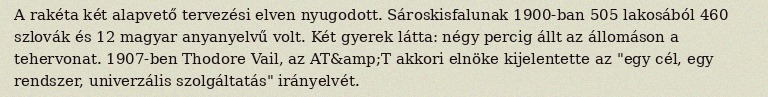
A rakéta két alapvető tervezési elven nyugodott. Sároskisfalunak 1900-ban 505 lakosából 460 szlovák és 12 magyar anyanyelvű volt. Két gyerek látta: négy percig állt az állomáson a tehervonat. 1907-ben Thodore Vail, az AT&amp;T akkori elnöke kijelentette az "egy cél, egy rendszer, univerzális szolgáltatás" irányelvét.